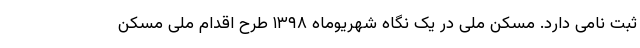
ثبت نامی دارد. مسکن ملی در یک نگاه شهریوماه ۱۳۹۸ طرح اقدام ملی مسکن